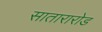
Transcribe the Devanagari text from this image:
सातारारोड